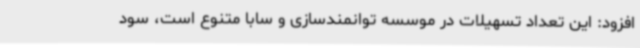
افزود: این تعداد تسهیلات در موسسه توانمندسازی و سابا متنوع است، سود